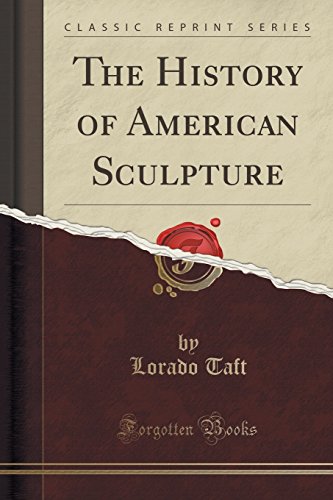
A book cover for The History of American Sculpture (Classic Reprint); Lorado Taft; Arts & Photography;